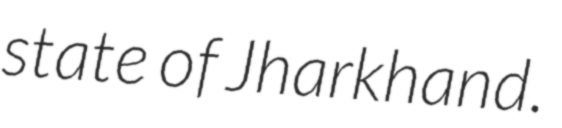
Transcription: state of Jharkhand.